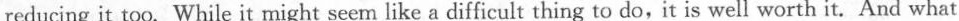
reducing it too. While it might seem like a difficult thing to do,it is well worth it.And what